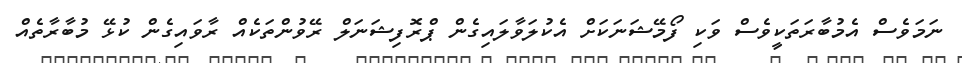
ނަމަވެސް އެމުބާރަތަކީވެސް ވަކި ފޯމޭޝަނަކަށް އެކުލަވާލައިގެން ޕްރޮފިޝަނަލް ރޭވުންތަކެއް ރާވައިގެން ކުޅޭ މުބާރާތެއް